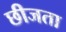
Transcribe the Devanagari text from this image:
छीजता